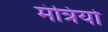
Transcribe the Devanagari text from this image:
मंत्रियो